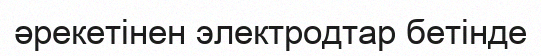
әрекетінен электродтар бетінде